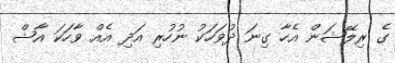
ގެ ރިލޭޝަން އެހާ ގިނަ ދުވަހަކު ނުހުރި އަދި އެއް ވާހަކަ އާޝް